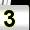
Digit: 3